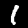
Label: 1